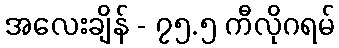
အလေးချိန် - ၇၅.၅ ကီလိုဂရမ်